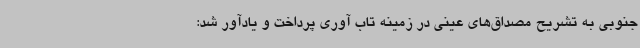
جنوبی به تشریح مصداق‌های عینی در زمینه تاب آوری پرداخت و یادآور شد: